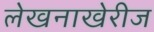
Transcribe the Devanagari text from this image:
लेखनाखेरीज